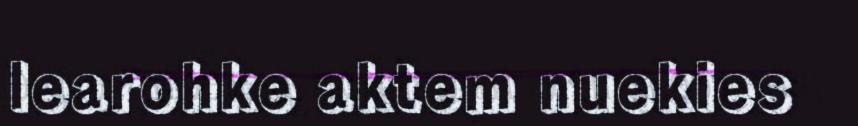
learohke aktem nuekies